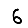
Digit: 6